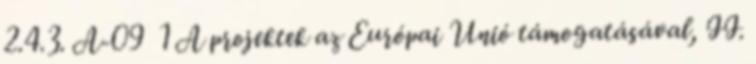
2.4.3. A-09 1 A projektek az Európai Unió támogatásával, II.